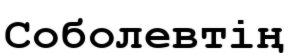
Соболевтің